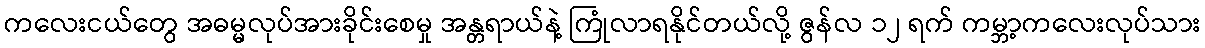
ကလေးငယ်တွေ အဓမ္မလုပ်အားခိုင်းစေမှု အန္တရာယ်နဲ့ ကြုံလာရနိုင်တယ်လို့ ဇွန်လ ၁၂ ရက် ကမ္ဘာ့ကလေးလုပ်သား